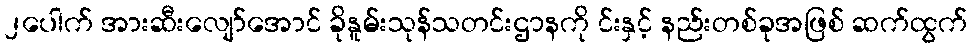
၂ပေါက် အားဆီးလျော်အောင် ခိုနူမ်းသုန်သတင်းဌာနကို င်းနှင့် နည်းတစ်ခုအဖြစ် ဆက်ထွက်